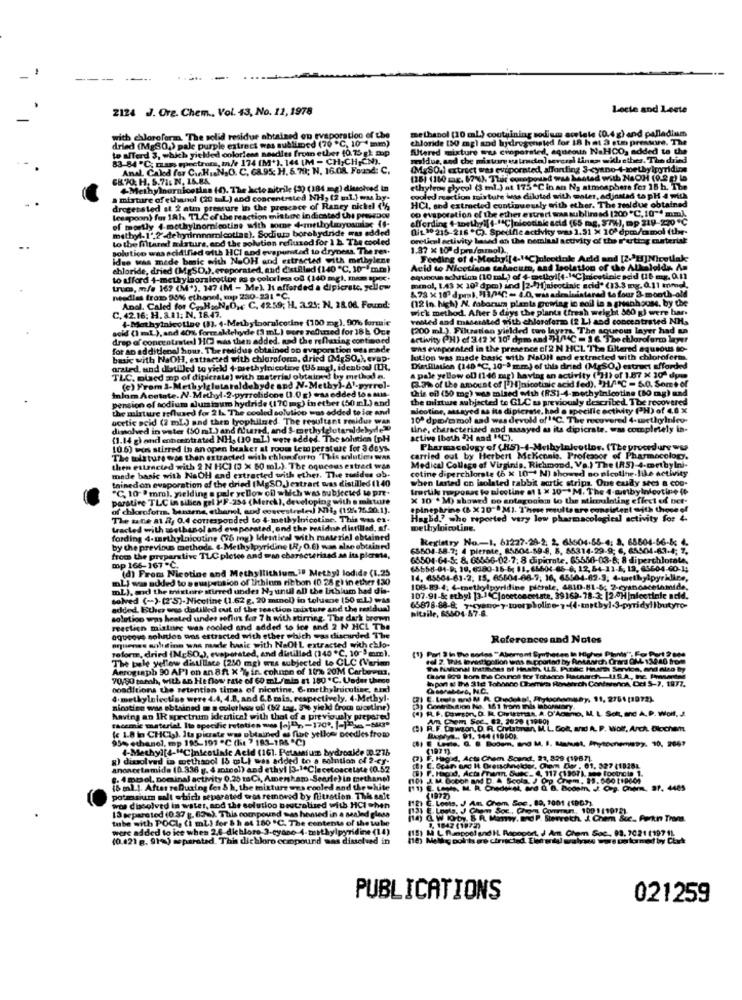
2124 J. Org. Chem ., Vol. 43, No. 12, 1978
Locte and Leete
methanol (10 ml.) containing sodium scolate (0.4 g) and palladium
with ebloroforma. "The solid residue abtained on evaporation of the
dried (Mg30.) pale purple extract was sublimed (70 "℃, 10 1 mm)
chloride 150 mg) and hydrogenated for 18 h at 3 ste pressure. The
to alferd 3, which yielded colorless nasdles from ether 10.75 gl map
futered mixture mes cunporated, aqueous NaHCO, added to the
metrum, m/e 174 (M*), 144 [M - CH;CH,CN).
realdue, and the mistin tiendo) several lines with ether. The dried
Anal. Caled for C.HI.N.O. C. G8.95: H. 5.79; N. 16.08. Found: C.
(MgSO.) extract was evaporated, alfonfing 3-cyano-+-methylpyridine
CX 70, H, 5.71: N. 16.BA.
(28) (150 mg. 67%), Thic compound was Meted with NaOH (0.2 g) to
Methylnurnicotina (4). The hcto nitrile (2) (184 mg) ditchved in
ethyleos glycol (3 ml.) at 175"C in an Ng atmosphere for 18 h. The
a mixture of ethanol (20 tal.) and concentrated NH, (2 ul.] wa by-
cooled reaction moisture is diluted with water, adinstad to pH 4 with
due obtained
tapH 4 with
drogersted at 2 atm pressure in the presence of Raney nichel (%
op evaporation of the ether estrert was sublimsd (200 *℃, 10"4 mm).
HCI, and extracted continuously with ether. The sealdue obtained
C. 10"4 mm)
lesspoon) for 18hs TLC of the reaction mit boe indicated the pressoou
efferding 4-worthyif f-1℃]nicodink acid (65 mg, STW), mp 319-270 *℃
p 219-270 *℃
of mostly 4-methylnomnicotine with some 4-metholaryosmiac (f-
methyl-1'.2'dehyrimnomicotias), Sodium borohydride was added
(it 30 215-216 *℃). Speilfic activity was 1.91 x 10ª dpm/mmol (the-
W/omol (the-
to the filtared misture, cod the solution refluxod for 1 b. The cooled
oretical activity laud an the nemlaal activity of the r'urtiog material
solutico was acidified with HCI and evaporstad to dryness. The Tes.
1.87 x 10ª dpr/mmol) .,
idue was mede bmic with NaOH and extracted with methylene
Feeding of 4-Mochyi[4-1℃)nicotale Arid and [2-2 ]Nicetlak
chloride, dried (MgSD.).evaporated, and distilled (140 "℃. 10""mm)
to afford 4-methylnorsicetiue ns a coloriess of (140 mg). men ap
Luca, m/s 162 (M*), 147 (M - Me). It afforded a dipicrate. yellow
&78 x 189 dpml, $11,4℃ - 4.0, was adenluiatarad La four 3-month-old
mmol, 1.43 x 107 dpm) and |2-4]]nicotinic acid* (13.3 mg.0.11 mmg),
needles from 90% ethanol, mp 230-231 "℃,
(12 in high) N. faboruma planta gowiag ic soil is a greenhouse, by the
C. 42.16: H. 3.11; N. 18.47.
Anal, Caled for C. H. N,0 ,, C. 4259; H. 2.21: N. 28.06. Found:
wic'k method. After 5 days the plants (fresh weight 300 g) were bar.
4-Methylnicotine (3), 4-Metbylooraicetine (100 mg). 90% formie
rosted and mnasesated with chloroformo (2 Li and concentrated NH,
acid (1 mL.), and 40%% formzaklehyde (3 mL) were refined for 18h Our
(200 ml.). Filtration yielded two layers The aqueous layer had an
drap of concentrates) 1(3 was then added. nad the reflexing continued
activity PH) of 342 X 10" dpm and "H/C = 16 The chloroform layer
for an additional hour. The residue obtained on evaporation mus made
whs evaporated in the presence of 2 N HCL The filtered aqusous to-
basic with NaOH, extracted with chloroform, dried (MgSO.Jevap.
lution was made bask with NaDil and extracted with chloroform.
arated, und dbilled to yield +-methylnicotine (Ubzgl, identiod) ILR.
Distillation (140 ℃, 10"> mm) of this dried (MgSO) extract afforded
TLC, oused mp of dipictala) with materie/ obtained by method a.
a pale yellow of (146 mag) having an activity (931) of 1.87 x 30ª dym
(3.7% of the amount of [ H]nicotinic acid fed), 'H/C - 50. Some of
Inlom Acetate. N- Methyl-2-pyrrolidone (1.0 g) wasadded to . MI-
(c) From 2-Methylglutataldehyde and N-Methy)-Al-pyrrel-
this efl (50 mg) was mised Mah (RS]-4-methylnicotine (10 mg) and
pension of sodium aluminum hydride (170 mg) in ether (50 ml) and
:1)and
the uilztwe subjected to GLC as previously described. The recovered
the mixture reflused for 2 h. The cooled solution was added to ice and
ice and
nicotine, stayed aa ita dipiezate, had o specific activity (H) of 4,8 x
acetic acid (2 ml.) and then lyophilmed. The resultant residue wan
10ª dym/mmol sad was devold of1ºC. The recovered 4- methylniev-
dimahed in water (50 ml ) and fund, and $-mrthylglutanddebyde"
tine, characterized and assayed as its dipicrate. was completely in-
(1.14 g) and concentrated NH, (30 ml) wete added. The sohntien [pH
active (both "H and "C).
10 6) wis stirred In an open beaker at room Let perature for 3 days.
3 days
Pharmacology of (HS)-4-Mvibylnicotine. (The procedure ww
The misture was then extracted with chlomforto This solutions WAR
carried out by Herbert Mekennis, Professor of Pharmacology.
-mrtbylni
mocolog
then extracted with 2 N HCI (3 x 50 ml). The oqueous estrad wie
Medical College of Virginia, Richmond, Va.) The (R5)-4-methylni-
cotine diperchlorate (6 x 10- N) showed so nicotine.like activity
like activity
made basic with NaOH and extracted with ethet. The maidus ob.
trined on evaporation of the dried (MgSD,J extract was distilled (140
when larted co isolated rabbit acrtk strips, Que cully sees a coo-
"C, 10 9 mmol, yielding a pale yellow cil which was subjected to pre-
trorlike raposas to nicotine af 1 x 30 -* M. The 4-munbylnicotine (t
Incotine It
parative TLC in sibien gel 2 F-254 (Merck), developing with a mixture
X 10 . M) showed so antagonism to the stimulating effect of bet-
effect of
bet
of chkaofotm. banarne, ethanol, and coseestretej Nii, (12%25.20.1).
epinephrine (& X 30"0 M). These multe are consistent with those of
The sane at R, 0.4 corresponded to 4-methylnicotine. This was ex-
Hagbd .? who reported very low pharmacological activity for 4.
ivity for 4
tracted with methanol and evaporated, ond the residue distilled, af
methylnicoline,
fording 4-marthylnicotine (75 mg) Identical with material obtained
Registry No .- 1. 61227-28-2. 2. 65604-56-4: 3, 68804-56-83 4.
by the previous methods. 4-Methylpyridine (R, 0.6) was also obtained
66604-88-7; 4 pierate, 85504.59-8, 8, 85314-29-9: 6, 65404-63-4; 7.
from the preparative TLC pletee and wan characterized an its pierme,
mp 166-167 -℃.
65504-64-5: 8. 66556-02-7; 8 dipicrate, 65556-03-6: 8 diperchlorate,
(d) From Nicotine and Methyllithium.il Methyl lodide (1.25
byl lodide (1.25
15658-01-8, 10, 6380-16 6; 11, 65604-66-6, 12, 64-11-6, 12, 63604-60-1;
ml) was added to a suspension of lithium ribbon (0.28 g) in ether 130
8 glinether 130
14, 65504-61-2, 15. 65504-66-9, 16, 65504-62-3, 4-taethylpyrilire,
mL), and the mistore stirred under Na unul aD the lithium had dis-
108-83.4. 4-methylpyridine pittsle, 4810.81-8; 2-cyanacetamide.
solved (-)-(2'5)-Nicoline (1.62 g. 20 mmol) in toluene (50 m.L) was
De (50 gL) was
107-91-8; ethyl 13.14℃|ocetoncet.ste, 39169- 78-3; [2.0H |niectinie acid.
added. Buhre was dastilled out of the reaction mixture and the residual
Led the residual
65878-88-8: 7-cyano y-toorpholine-7.(4-tetbyl.3-pyridyllbutyro-
Bitaile, 65504-57-8.
med under reflux to 7 h wi
The dark brown
reaction mixture was cooled and added to ice and 2 N HCL The
2 N HCL The
aqueous solution was estracted with ether which was discarded The
sted with chlo-
discarded The
References and Notes
orplones solidinn was made basic with NaOt L extracted with chlo-
reform, dried (McSD.), evaporated, and distilled (140 *℃, 10") aum).
.C. 10 ) mm).
The series "Alvorront
The pale yellow distillace (250 mg) was subjected to CLC (Verim
CLC (Verim
llredigolion was supported by Retiwd
Acrograph 90 API on an 8ft X '%, in cohnon of 10% 20M Carbowma,
70/90 tarah, with an He flow rate of 60 ml./min at 180 ºC. Under theco
9 Bor iha Counce tor Tobtaco Rataarch
conditions the retention times of nicotine. 6-methylnucutisc, end
01net, NC.
WHO, N.C.
4. methylelectise were 4.4, 4.8, and 6.8 mis, respectively. 4-Methyl-
tively. 4-Methyl-
1972)
nicotine was obtained = s culot koos of (12 tag. 3%e yield from nicotine)
eld from nicotine)
#son, D. H. Chvitthat, A. D'Adamo, M, L
CAP. Woll. J.
having an IR spectrum identical with that of a previously prepared
viously prepared
m Sec. 62, 2020 (1980)
racemic material. Ito specific retoties wes (aj" ,- 170", [-] 346 -5830
Low Doodles from
wson. D. R. Chytrbran, M.L. Got. MI A. P
Arch Dlochem
95% ethanol, mp 195-191 "℃ (hie 7 183-184 ℃)
. 91. 144 11900)
4-Methyl[4-MCinicotinic Acid (161. Potassium bydroalde 0.276
bydroalde 0.276
g) dissolved is methanol 15 mLi was added to a solution of 2-ey-
Baintion of
Acta Chem Sound, 23, 829 (1967).
anoncetamida (0.336 g. 4 zotcol) and ethyl [3-1ªClecetoscetate (0.52
arc HI Cretschneider, Chem Der , 01.
8. 4 mosol, nominal activity 0.25 taCi, Amenhar.Searle) in methane!
16 ml.). After te During les 8 h, the mixture wes cooled and the white
Chor st. 4485
potassium salt which separated was removed by fitration. This sait
C. Loots. J Am Chem. Soc. 80, 7001 (1967).
(1972)
was dissolved in water, and the solution neutralized with HCI when
13 separated (0.37 g. 63%). This compound was hested in . sealed glass
(13) E. Unela. J Cham Soc ., Ch
x, Con Couru, 109 1 11912).
tube with POCI (i ml) for & h et 180 ºC. The contents of the tube
@ W 19by. 8 R. Mamy. Ed P. Sterreich. J. Chem &cc. Perkin Trams.
were added to ice when 2.6 dichloro 3-cyane 4-teithylpyridine (14)
(18) M L Pumppel and IL. Rapoport, J Ant, Chem Soc ., 93. 7021 1197 11.
3. 1047 (1972)
(0.421 g. 91%) separated. This dichloro compound was dissolved in
PUBLICATIONS
021259